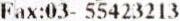
FAX:03- 55423213